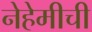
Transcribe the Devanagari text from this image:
नेहेमीची